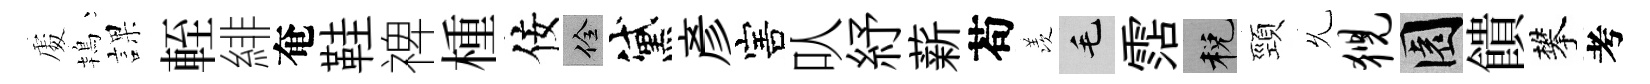
𠁅鴇課輊緋奄鞋禆㮔佞佺黛彥害㕥紓薪苟羡毛霑税頸𠃔猊園饋攀考